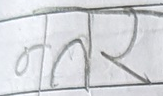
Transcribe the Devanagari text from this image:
नर